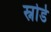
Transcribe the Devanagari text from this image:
स्नोर्ड